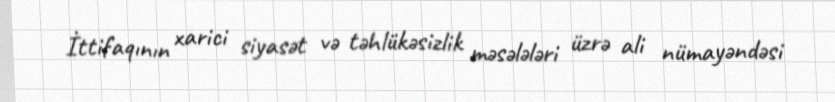
İttifaqının xarici siyasət və təhlükəsizlik məsələləri üzrə ali nümayəndəsi